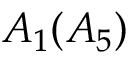
A _ { 1 } ( A _ { 5 } )